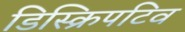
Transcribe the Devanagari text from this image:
डिस्क्रिपटिव